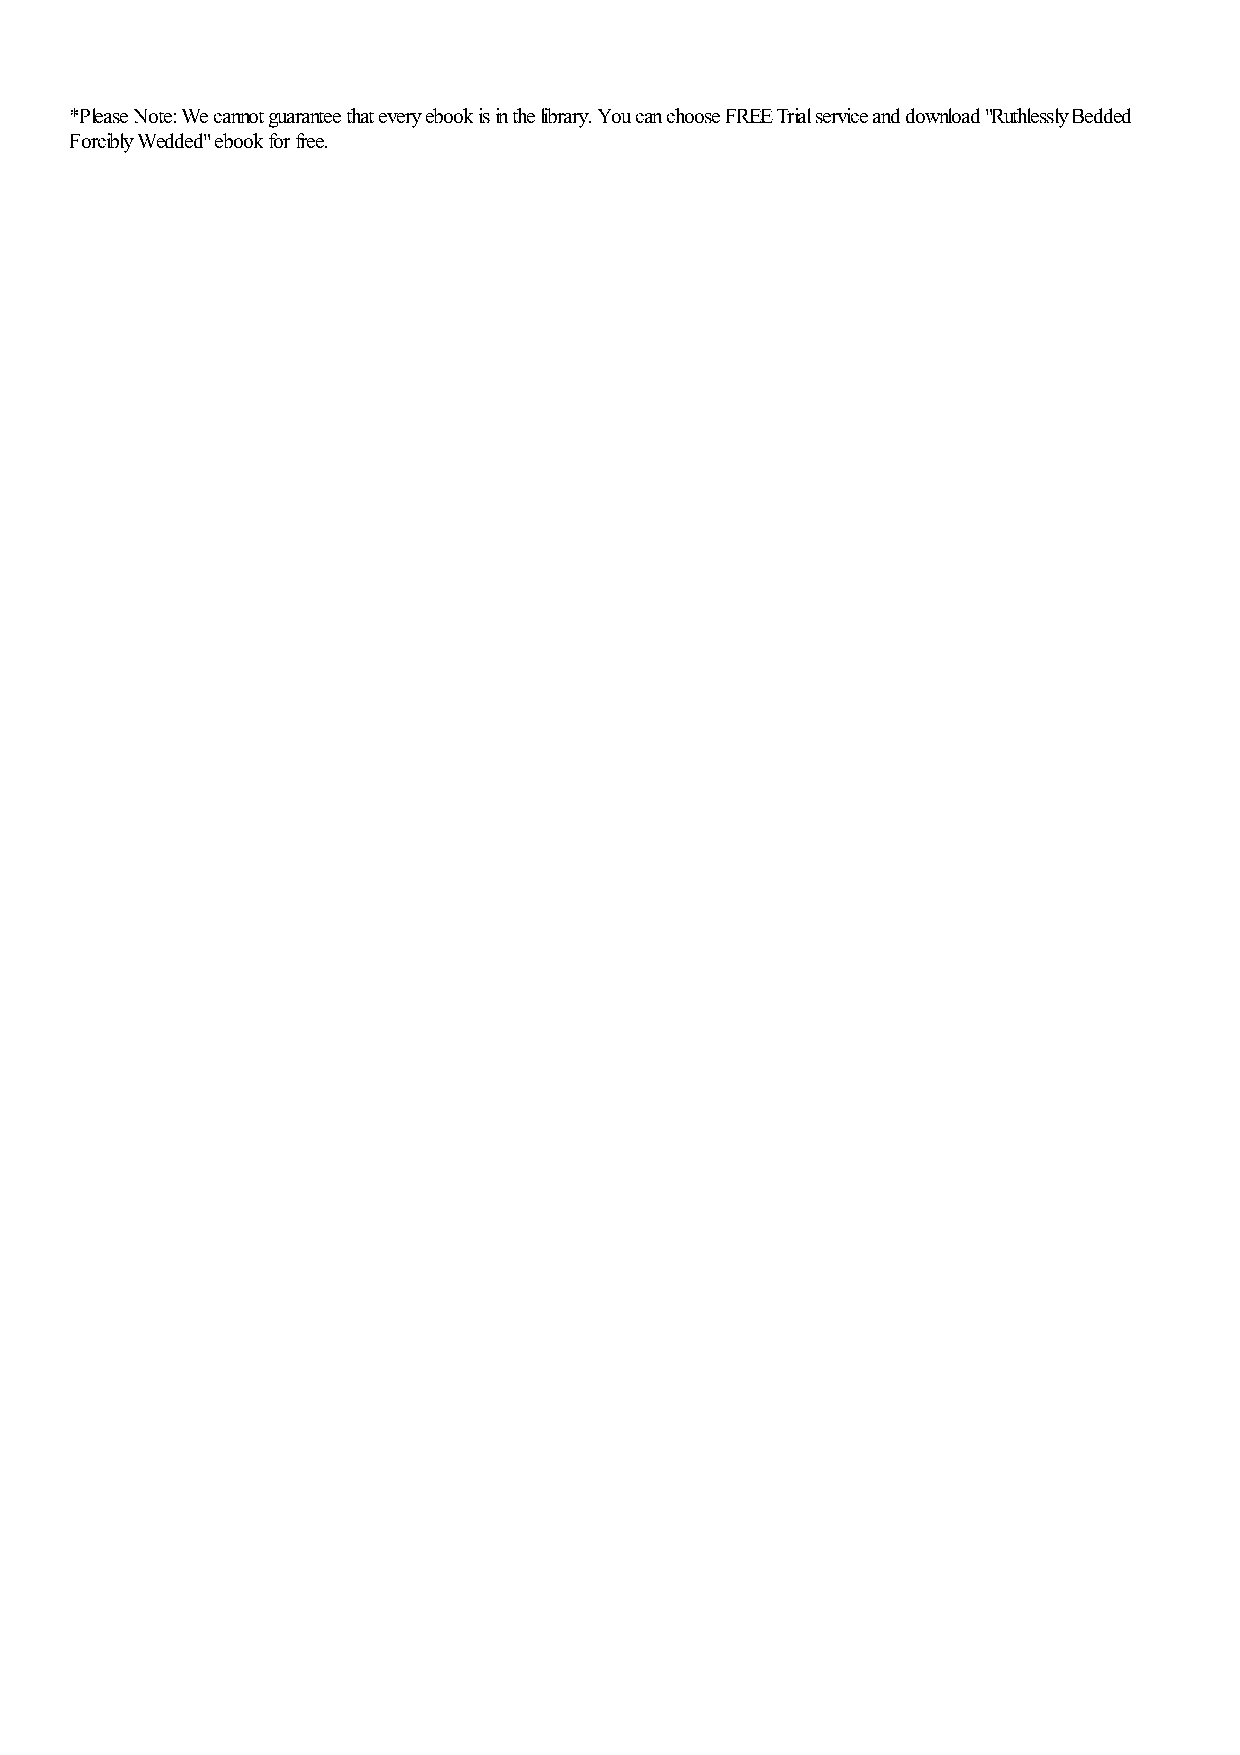
*Please Note: We cannot guarantee that every ebook is in the library. You can choose FREE Trial service and download "Ruthlessly Bedded
 Forcibly Wedded" ebook for free.